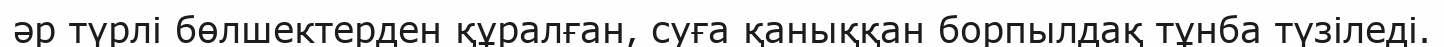
әр түрлі бөлшектерден құралған, суға қаныққан борпылдақ тұнба түзіледі.